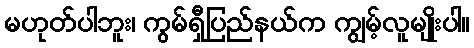
မဟုတ်ပါဘူး၊ ကွမ်ရှီပြည်နယ်က ကျွမ့်လူမျိုးပါ။